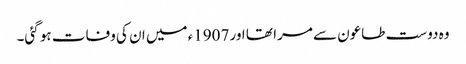
وہ دوست طاعون سے مرا تھا اور 1907ء میں ان کی وفات ہو گئی۔